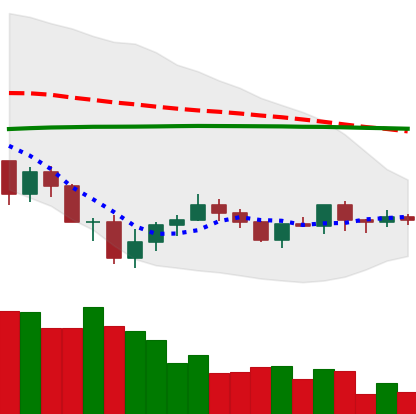
Ticker: ADA-USD
Chart end date: 2019-07-30
Forward return: -6.127%
Label: down_5_7